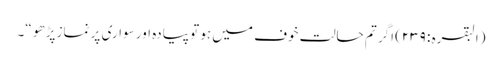
(البقرہ : ٢٣٩) اگر تم حالت خوف میں ہو تو پیادہ اور سواری پر نماز پڑھو “۔